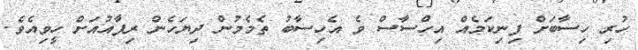
ހުރި ހިސާބަށް ފިނިކަމެއް އިހްސާސް ވެ އެހިސާބު ތެމެމުން ދިޔަހެން ރިފާއުއަށް ހީވިއެވެ.